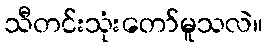
သီတင်းသုံးတော်မူသလဲ။